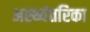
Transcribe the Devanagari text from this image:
अस्थ्यंतरिका